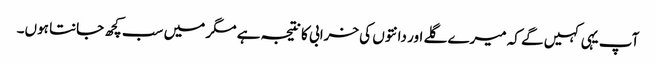
آپ یہی کہیں گے کہ میرے گلے اور دانتوں کی خرابی کا نتیجہ ہے مگر میں سب کچھ جانتا ہوں۔